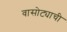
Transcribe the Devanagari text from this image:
वासोट्याची